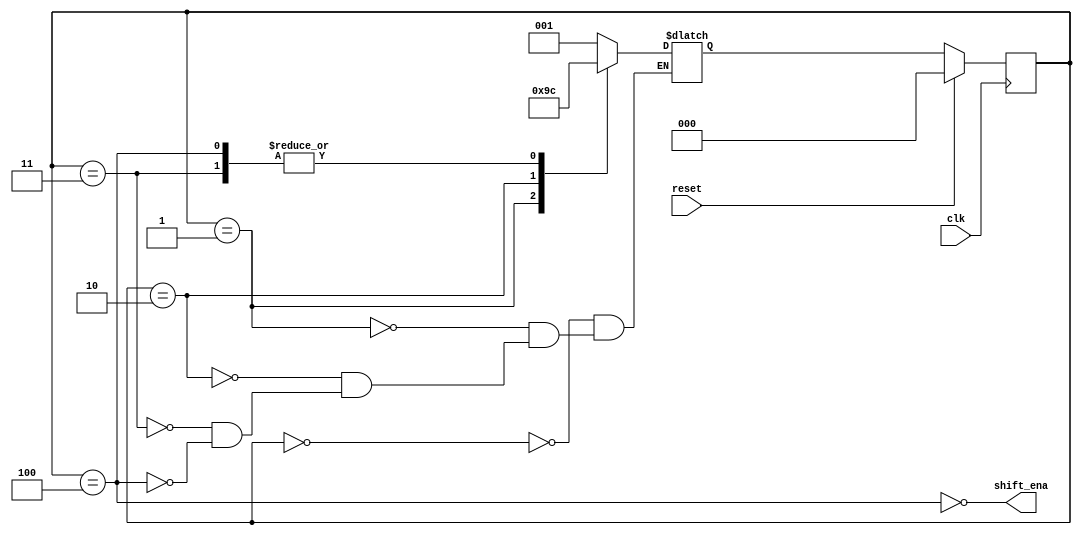
module top_module (
    input clk,
    input reset,      // Synchronous reset
    output shift_ena);

    reg [2:0]y, Y;
    parameter [2:0] A=0, B=1, C=2, D=3, E=4;

    always@(*)begin
        case(y)
            A:  Y <= B;
            B:  Y <= C;
            C:  Y <= D;
            D:  Y <= E;
            E:  Y <= E;
        endcase
    end

    always@(posedge clk)begin
        if(reset)
            y <= A;
        else
            y <= Y;
    end    

    assign shift_ena = !(y == E);

endmodule